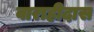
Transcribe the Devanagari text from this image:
वाराहीदास